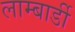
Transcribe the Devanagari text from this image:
लाम्बार्डी